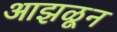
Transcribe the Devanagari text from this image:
आझळून